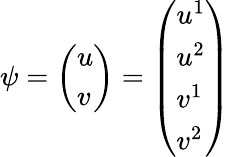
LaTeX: \psi={\left(\begin{array}{l}{u}\\ {v}\end{array}\right)}={\left(\begin{array}{l}{u^{1}}\\ {u^{2}}\\ {v^{1}}\\ {v^{2}}\end{array}\right)}